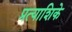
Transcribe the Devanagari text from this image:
प्रत्याशिके